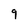
Character: 9